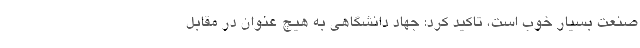
صنعت بسیار خوب است، تاکید کرد: جهاد دانشگاهی به هیچ عنوان در مقابل